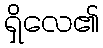
ရှိလေ၏